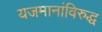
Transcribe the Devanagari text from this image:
यजमानांविरुद्ध